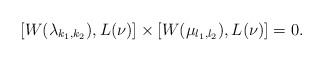
\begin{align*}[W(\lambda_{k_1,k_2}),L(\nu)]\times[W(\mu_{l_1,l_2}),L(\nu)]=0.\end{align*}